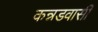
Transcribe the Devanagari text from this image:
कन्नडवासी